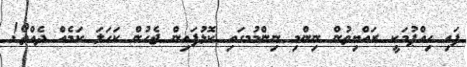
ފައި ހިއްޕުމަކީ ރައްޔިތުން ނިންމި ނިންމުމގައި ކޮޅުފައިން ޖެހުން ކަހަލަ ކަމެއް ދެއްތޯ!